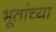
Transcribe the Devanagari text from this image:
भूतांच्या